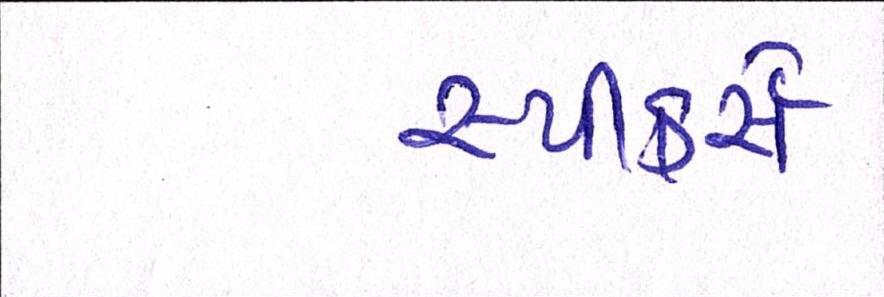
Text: સ્પીકર્સ